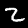
Label: 2